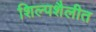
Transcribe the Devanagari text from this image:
शिल्पशैलीत